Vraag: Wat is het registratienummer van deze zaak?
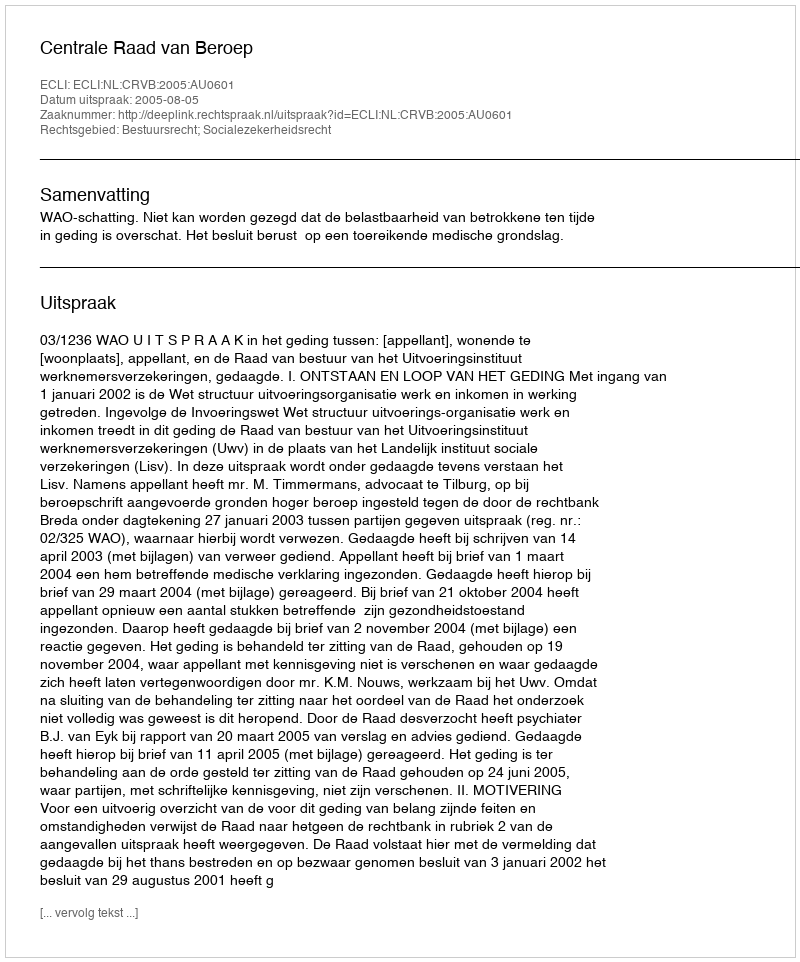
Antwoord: http://deeplink.rechtspraak.nl/uitspraak?id=ECLI:NL:CRVB:2005:AU0601